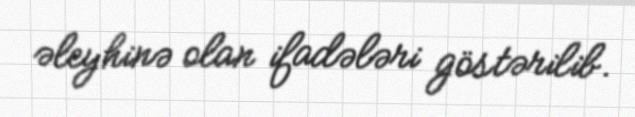
əleyhinə olan ifadələri göstərilib.